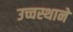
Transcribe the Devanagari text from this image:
उच्चस्थाने